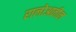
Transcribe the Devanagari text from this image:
रालोआतील